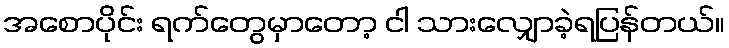
အစောပိုင်း ရက်တွေမှာတော့ ငါ သားလျှောခဲ့ရပြန်တယ်။